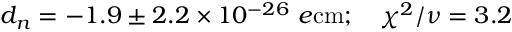
d _ { n } = - 1 . 9 \pm 2 . 2 \times 1 0 ^ { - 2 6 } \ e \mathrm { c m } ; \ \ \ \chi ^ { 2 } / \nu = 3 . 2